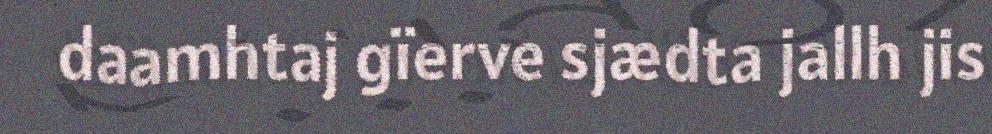
daamhtaj gïerve sjædta jallh jis